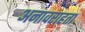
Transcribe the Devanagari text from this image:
अनावराहता